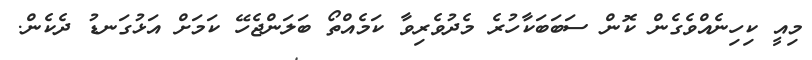
މިއީ ކިހިނެއްވެގެން ކޮން ސަބަބަކާހުރެ މެދުވެރިވާ ކަމެއްތޯ ބަލަންޖެހޭ ކަމަށް އަޅުގަނޑު ދެކެން.